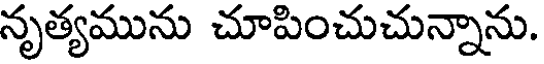
నృత్యమును చూపించుచున్నాను.